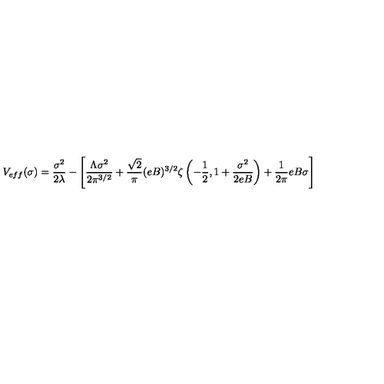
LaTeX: V _ { e f f } ( \sigma ) = { \frac { \sigma ^ { 2 } } { 2 \lambda } } - \left[ \frac { \Lambda \sigma ^ { 2 } } { 2 \pi ^ { 3 / 2 } } + \frac { \sqrt { 2 } } { \pi } ( e B ) ^ { 3 / 2 } \zeta \left( - \frac { 1 } { 2 } , 1 + \frac { \sigma ^ { 2 } } { 2 e B } \right) + \frac { 1 } { 2 \pi } e B \sigma \right]